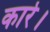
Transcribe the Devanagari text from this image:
कारे।